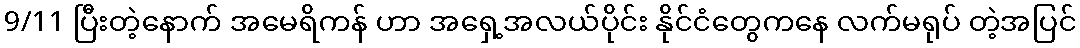
9/11 ပြီးတဲ့နောက် အမေရိကန် ဟာ အရှေ့အလယ်ပိုင်း နိုင်ငံတွေကနေ လက်မရုပ် တဲ့အပြင်